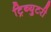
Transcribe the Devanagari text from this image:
ट्रिब्युटरी